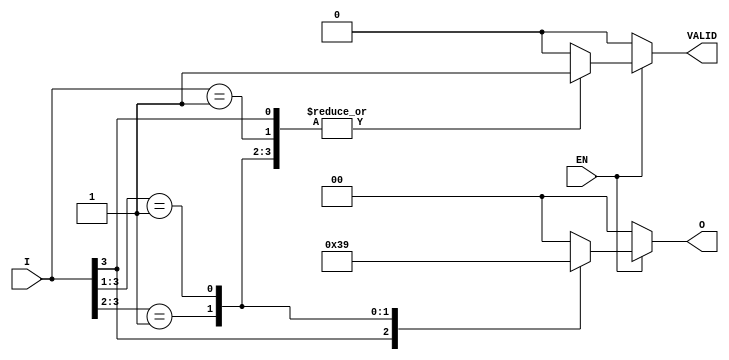
module priority_encoder (
    input wire [3:0] I,    // 4 one-hot encoded inputs
    input wire EN,         // Enable input
    output reg [1:0] O,    // 2-bit binary output
    output reg VALID       // Output indicating if any input is active
);

always @(*) begin
    if (EN) begin
        casez (I)          // Use casez to handle one-hot encoding
            4'b1??? : begin // I3 is high
                O = 2'b11; 
                VALID = 1'b1;
            end
            4'b01?? : begin // I2 is high
                O = 2'b10; 
                VALID = 1'b1;
            end
            4'b001? : begin // I1 is high
                O = 2'b01; 
                VALID = 1'b1;
            end
            4'b0001 : begin // I0 is high
                O = 2'b00; 
                VALID = 1'b1;
            end
            default : begin   // No inputs are active
                O = 2'b00; 
                VALID = 1'b0;
            end
        endcase
    end else begin
        // If not enabled, output should be default
        O = 2'b00; 
        VALID = 1'b0;
    end
end

endmodule